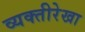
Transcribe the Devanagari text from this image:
व्यक्तीरेखा